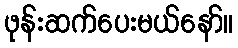
ဖုန်းဆက်ပေးမယ်နော်။